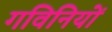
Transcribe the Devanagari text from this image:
गविनियों